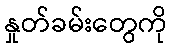
နှုတ်ခမ်းတွေကို